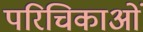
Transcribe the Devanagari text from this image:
परिचिकाओं